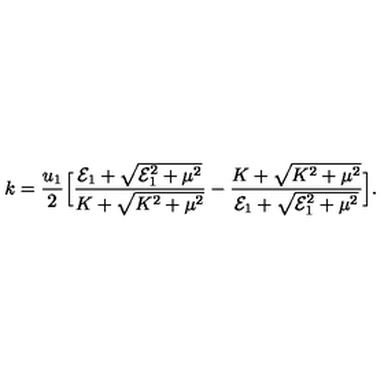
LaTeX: k = { \frac { u _ { 1 } } { 2 } } \Big [ { \frac { { \cal E } _ { 1 } + \sqrt { { \cal E } _ { 1 } ^ { 2 } + \mu ^ { 2 } } } { K + \sqrt { K ^ { 2 } + \mu ^ { 2 } } } } - { \frac { K + \sqrt { K ^ { 2 } + \mu ^ { 2 } } } { { \cal E } _ { 1 } + \sqrt { { \cal E } _ { 1 } ^ { 2 } + \mu ^ { 2 } } } } \Big ] .